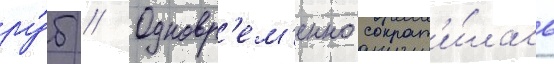
ру́б // Одновр'ем'енно сократ'и́лась